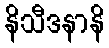
နိသီဒနာနိ